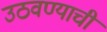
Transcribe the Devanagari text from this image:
उठवण्याची